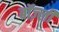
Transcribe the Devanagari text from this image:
बॉज़्ली